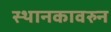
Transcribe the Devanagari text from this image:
स्थानकावरुन